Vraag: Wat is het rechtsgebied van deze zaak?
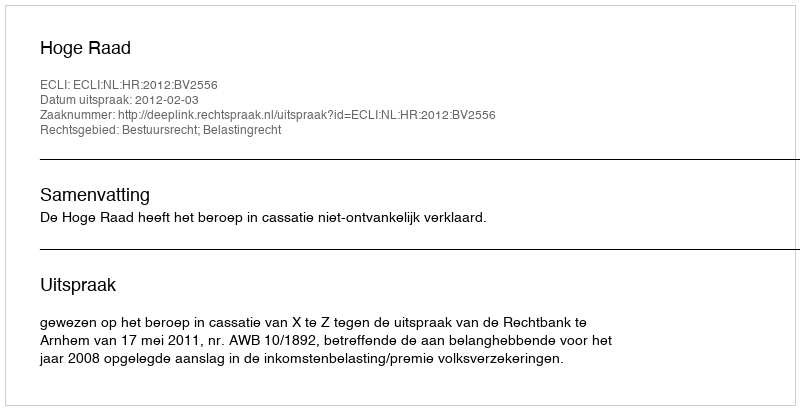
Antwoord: Bestuursrecht; Belastingrecht